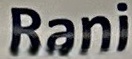
Rani